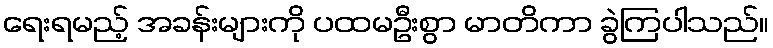
ရေးရမည့် အခန်းများကို ပထမဦးစွာ မာတိကာ ခွဲကြပါသည်။